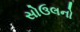
સોઉલનો